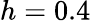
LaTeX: h=0.4